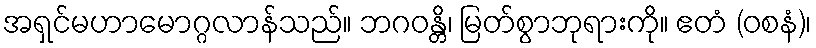
အရှင်မဟာမောဂ္ဂလာန်သည်။ ဘဂဝန္တိ၊ မြတ်စွာဘုရားကို။ ဧတံ (ဝစနံ)၊